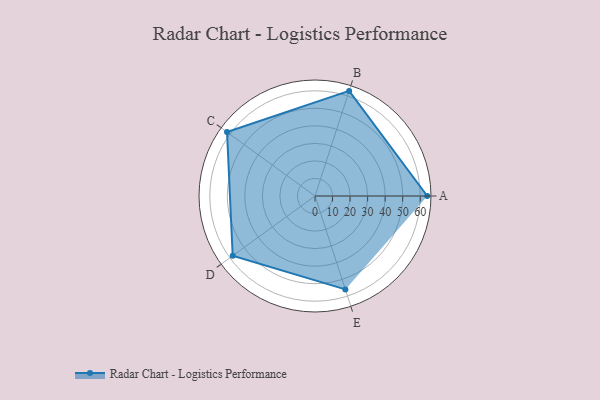
{"axis": {"x": "Skill", "y": "Score"}, "legend": ["Profile"], "data": [{"x": "A", "y": 64.0, "type": "Profile"}, {"x": "B", "y": 63.0, "type": "Profile"}, {"x": "C", "y": 62.0, "type": "Profile"}, {"x": "D", "y": 58.0, "type": "Profile"}, {"x": "E", "y": 56.0, "type": "Profile"}]}